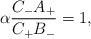
LaTeX: \begin{align*}\alpha\frac{C_{-}A_{+}}{C_{+}B_{-}}=1,\end{align*}